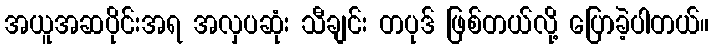
အယူအဆပိုင်းအရ အလှပဆုံး သီချင်း တပုဒ် ဖြစ်တယ်လို့ ပြောခဲ့ပါတယ်။